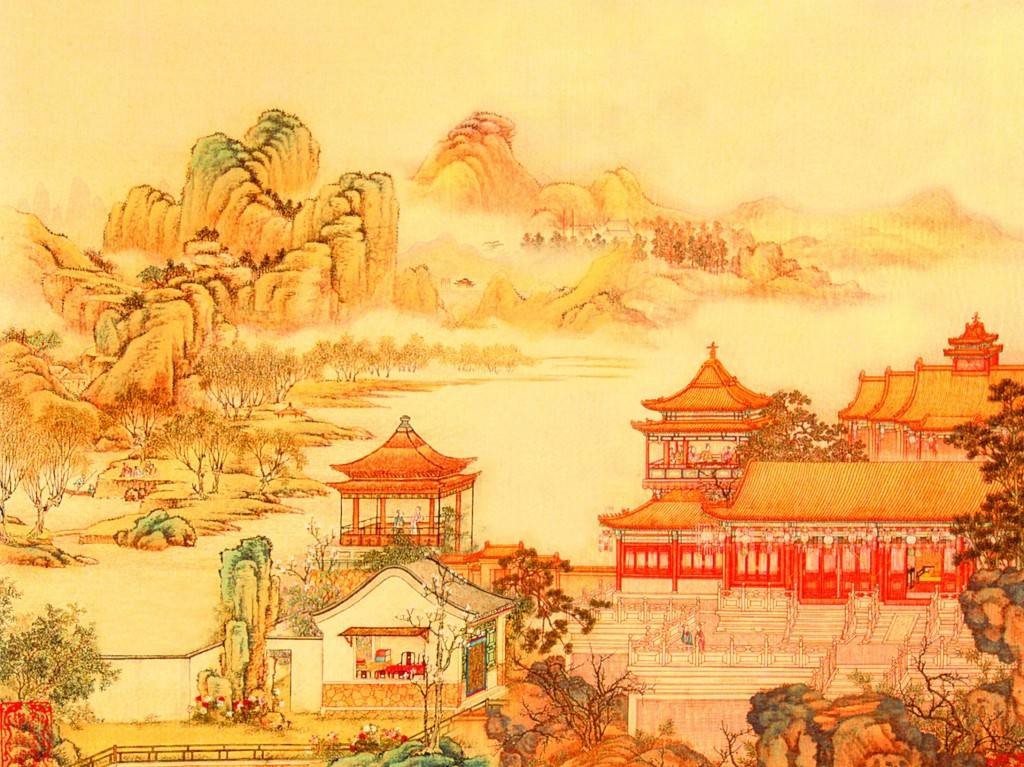
何计长来此，闲眠过一生。